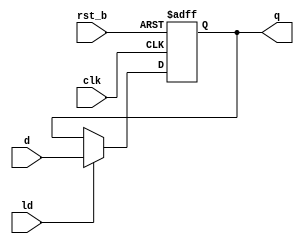
module reg_8b (
  input clk,
  input rst_b,//asynch
  input ld,
  input [7:0] d,
  output reg [7:0] q
);

  always @ (posedge clk or negedge rst_b)
    if (!rst_b) q <= 8'd0;
    else if (ld) q <= d;
endmodule